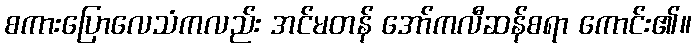
စကားပြောလေသံကလည်း အင်မတန် အော်ကလီဆန်စရာ ကောင်း၏။